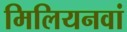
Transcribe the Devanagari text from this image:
मिलियनवां